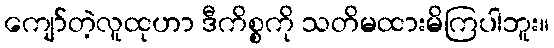
ကျော်တဲ့လူထုဟာ ဒီကိစ္စကို သတိမထားမိကြပါဘူး။